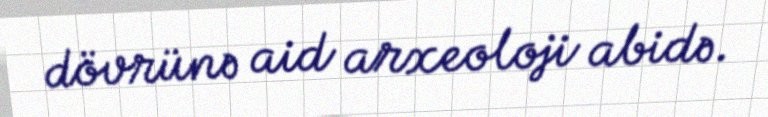
dövrünə aid arxeoloji abidə.